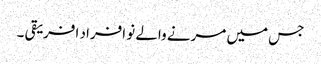
جس میں مرنے والے نو افراد افریقی ۔